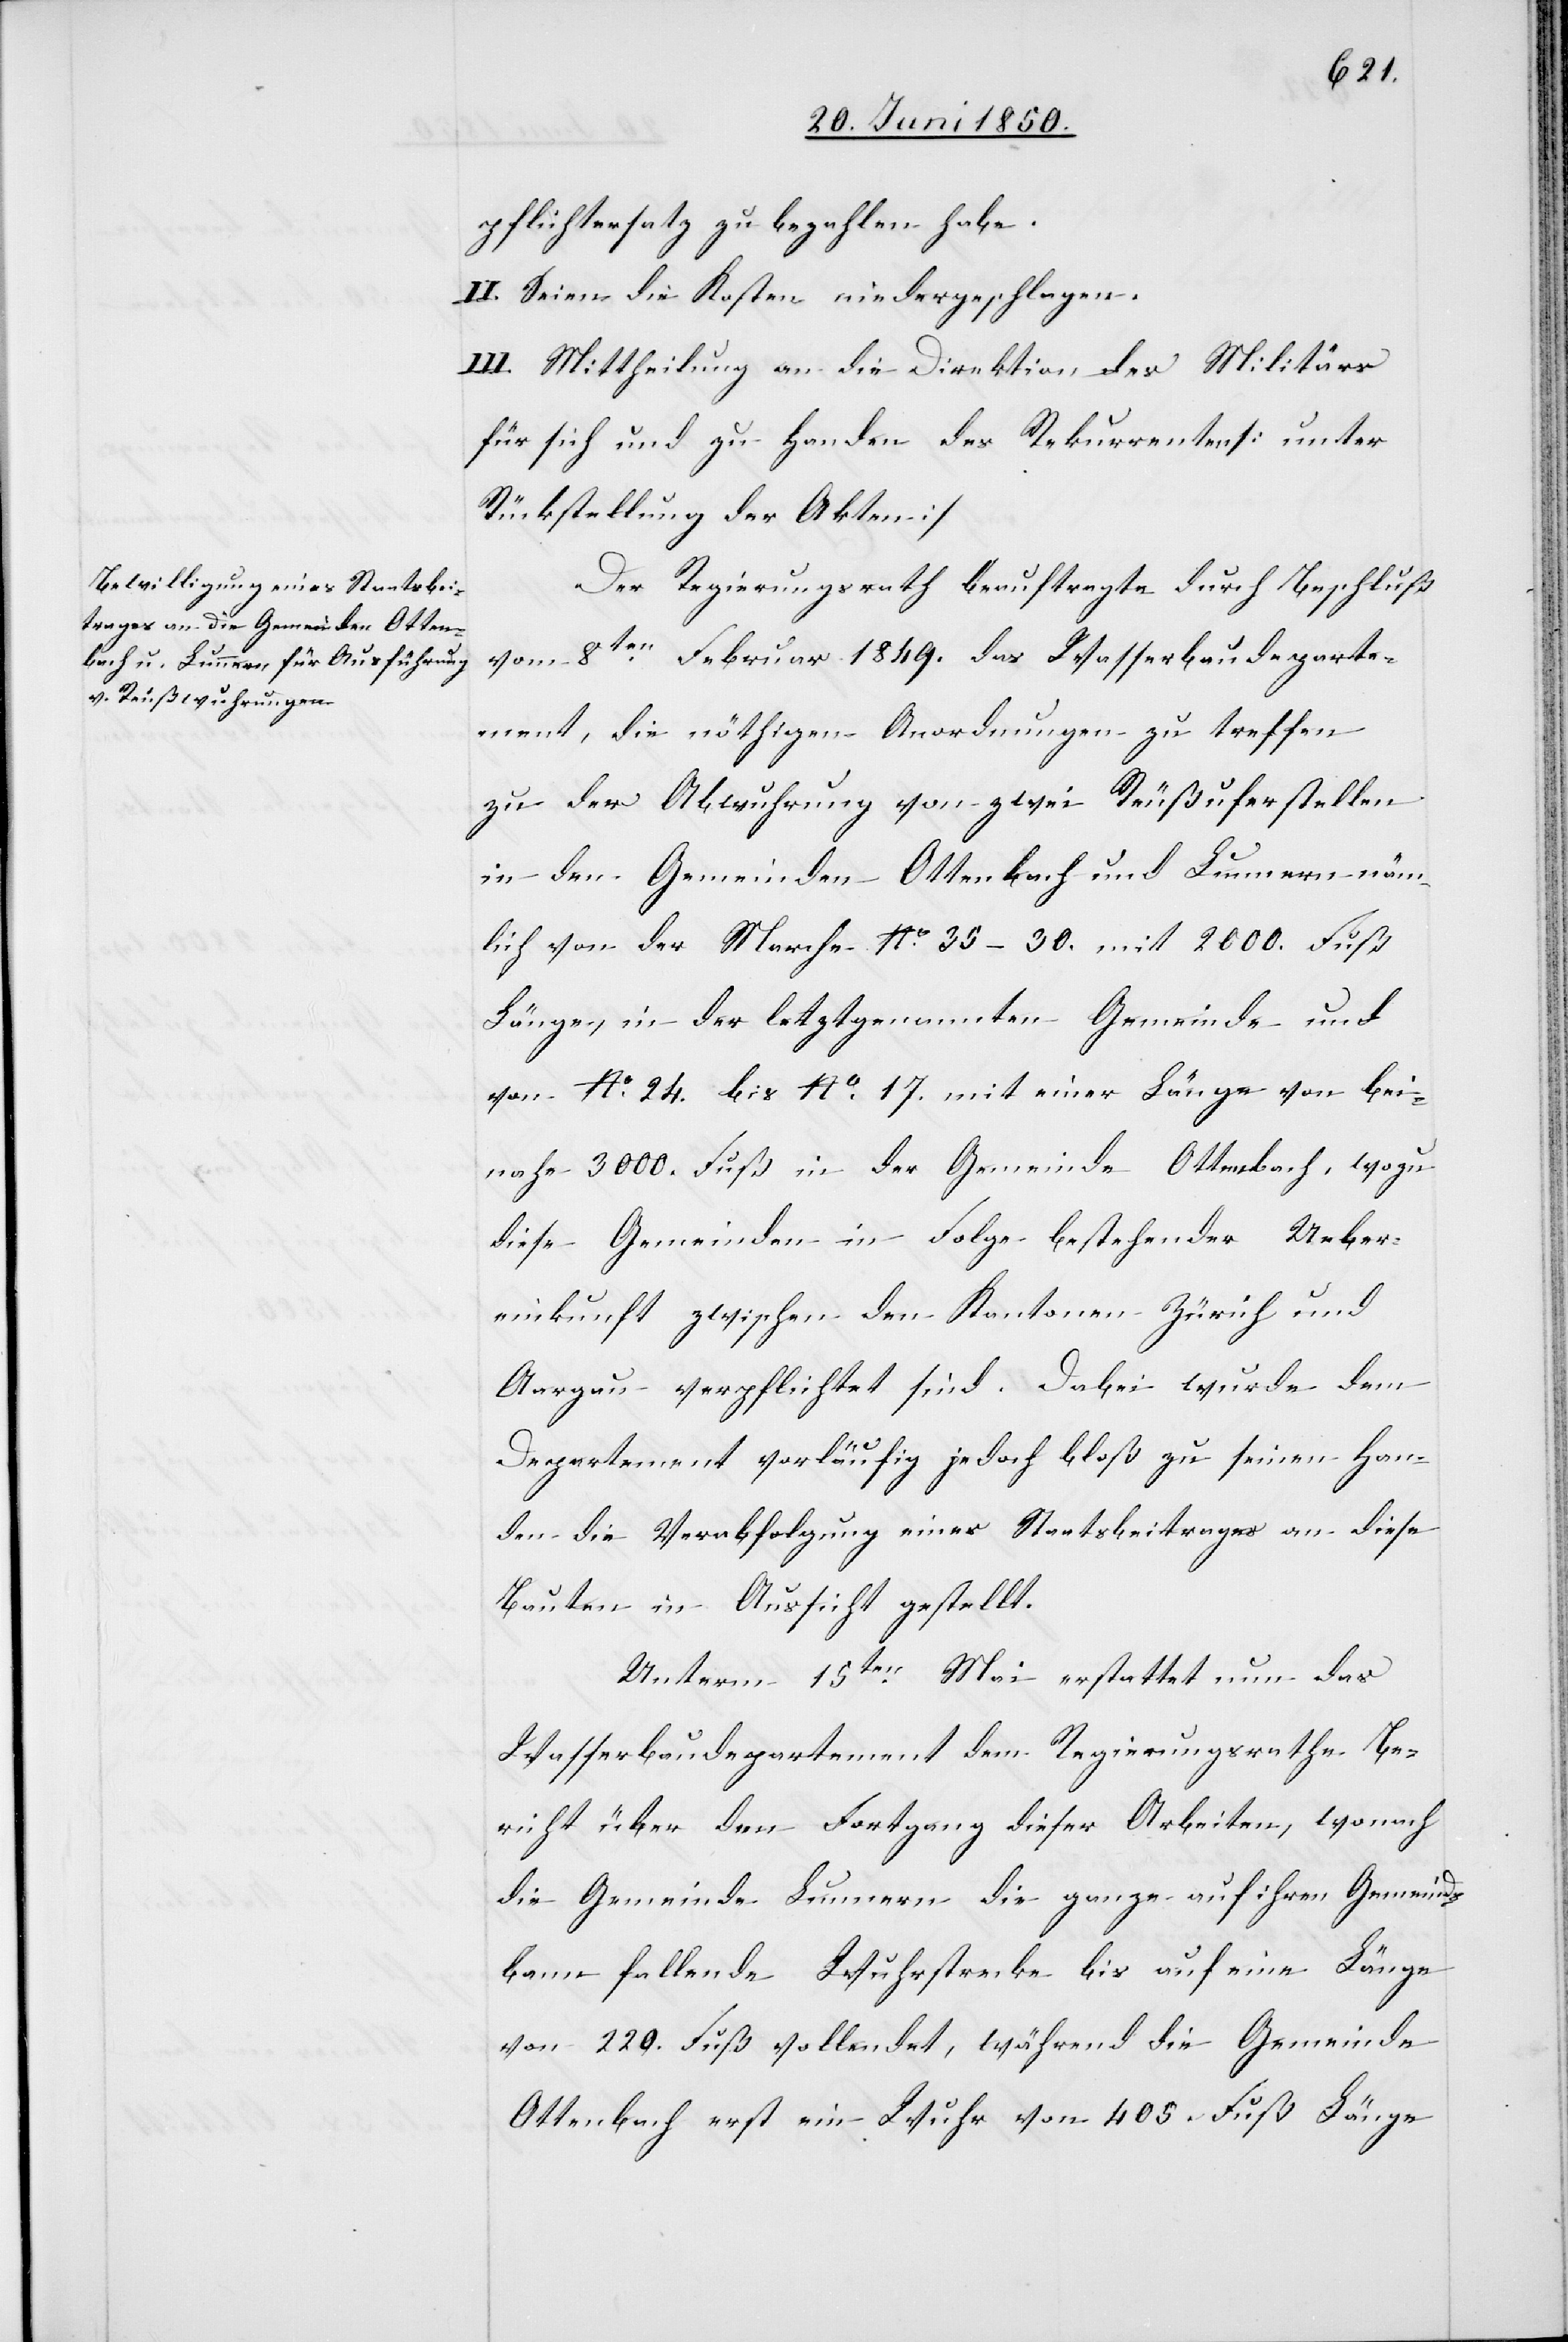
pflichtersatz zu bezahlen habe.
II. Seien die Kosten niedergeschlagen.
III. Mittheilung an die Direktion des Militärs
für sich und zu Handen des Rekurrenten [unter
Rückstellung der Akten]
Der Regierungsrath beauftrage durch Beschluß
vom 8ten Februar 1849. das Wasserbaudeparte¬
ment, die nöthigen Anordnungen zu treffen
zu der Abwuhrung von zwei Reußuferstellen
in den Gemeinden Ottenbach und Lunnern näm¬
lich von der Marche No. 35–30. mit 2000. Fuß
Länge, in der letztgenannten Gemeinde und
von No. 24. bis No. 17. mit einer Länge von bei¬
nahe 3000. Fuß in der Gemeinde Ottenbach, wozu
diese Gemeinden in Folge bestehender Ueber¬
einkunft zwischen den Kantonen Zürich und
Aargau verpflichtet sind. Dabei wurde dem
Departement vorläufig jedoch bloß zu seinen Han¬
den die Verabfolgung eines Staatsbeitrages an diese
Bauten in Aussicht gestellt.
Unterm 15ten Mai erstattet nun das
Wasserbaudepartement dem Regierungsrathe Be¬
richt über den Fortgang dieser Arbeiten, wonach
die Gemeinde Lunnern die ganze auf ihren Gemeinds¬
bann fallende Wuhrstrecke bis auf eine Länge
von 220. Fuß vollendet, während die Gemeinde
Ottenbach erst ein Wuhr von 405. Fuß Länge